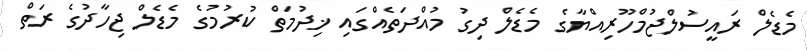
މެޑެލް ރައީސުލްޖުމްހޫރިއްޔާގެ މެޑެލް ދިގު މުއްދަތެއްގައި ޚިދުމަތް ކުރުމުގެ މެޑެލް ޖިހާދުގެ ރަތް